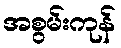
အစွမ်းကုန်